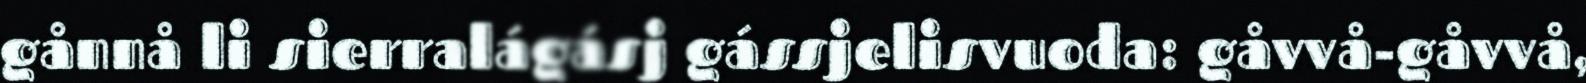
gånnå li sierralágásj gássjelisvuoda: gåvvå-gåvvå,